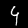
Digit: 4